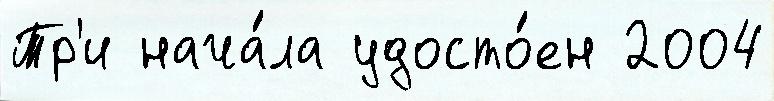
Тр'и нача́ла удосто́ен 2004